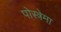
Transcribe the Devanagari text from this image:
पोस्त्रेमा